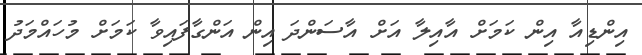
އިންޑިއާ އިން ކަމަށް އާއިލާ އަށް އާސަންދަ އިން އަންގާފައިވާ ކަމަށް މުހައްމަދު